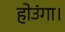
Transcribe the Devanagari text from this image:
होउंगा।